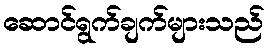
ဆောင်ရွက်ချက်များသည်